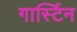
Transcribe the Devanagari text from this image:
गार्स्टिन